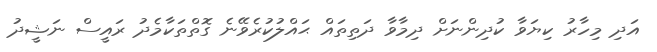
އަދި މިހާރު ކިޔަވާ ކުދިންނަށް ދިމާވާ ދަތިތައް ޙައްލުކުރެވޭނެ ގޮތްތަކާމެދު ރައީސް ނަޝީދު